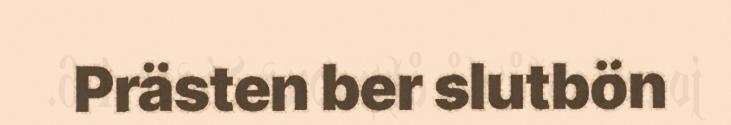
Prästen ber slutbön